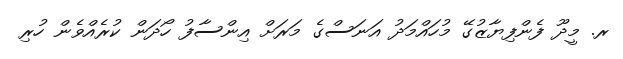
ރ. މީދޫ ފެންފިޔާޒުގޭ މުހައްމަދު އަނަސްގެ މަރަށް އިންސާފު ހޯދަން ކުރެއްވެން ހުރި